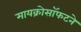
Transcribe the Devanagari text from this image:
मायक्रोसॉफटने